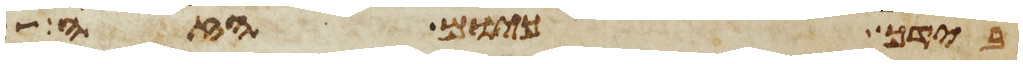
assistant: בידך כיום הזה